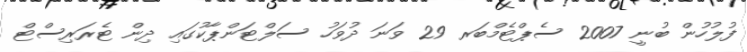
ފުލުހުން ބުނީ 2007 ސެޕްޓެމްބަރ 29 ވަނަ ދުވަހު ސަލްޓަންޕާކުގައި ދިން ޓެރަރިސްޓް